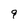
Character: 9